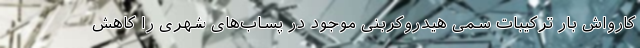
کارواش بار ترکیبات سمی هیدروکربنی موجود در پساب‌های شهری را کاهش